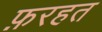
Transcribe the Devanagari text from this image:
फ़रहत